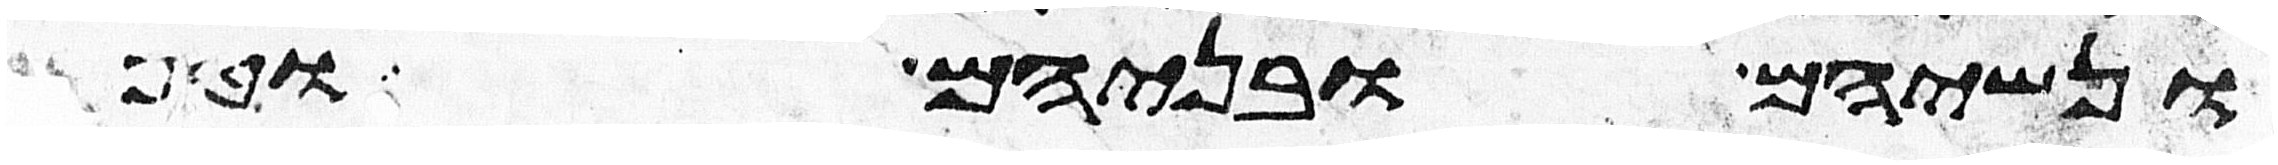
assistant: ונשיהם ובניהם